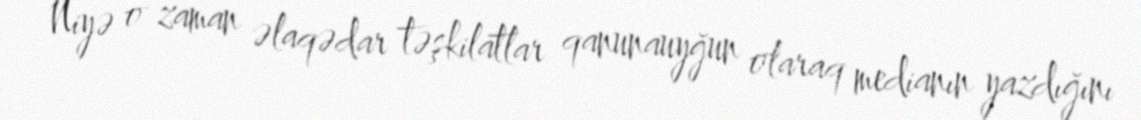
Niyə o zaman əlaqədar təşkilatlar qanunauyğun olaraq medianın yazdığını